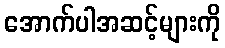
အောက်ပါအဆင့်များကို